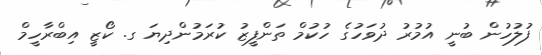
ފުލުހުން ބުނީ އުމުރު ދުވަހުގެ ހުކުމް ތަންފީޒު ކުރަމުންދިޔަ ގ. ކޯޒީ އިބްރާހީމް